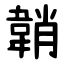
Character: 韒